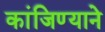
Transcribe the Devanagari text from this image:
कांजिण्याने